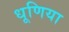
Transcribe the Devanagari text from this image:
धूणिया